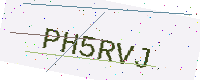
Text: PH5RVJ